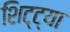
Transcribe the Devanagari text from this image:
शिट्ट्या